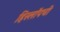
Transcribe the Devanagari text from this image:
हिस्लॉपची